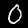
Label: 0